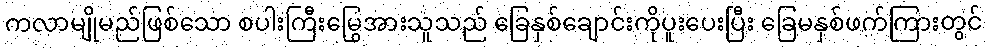
ကလာမျိုမည်ဖြစ်သော စပါးကြီးမြွေအားသူသည် ခြေနှစ်ချောင်းကိုပူးပေးပြီး ခြေမနှစ်ဖက်ကြားတွင်